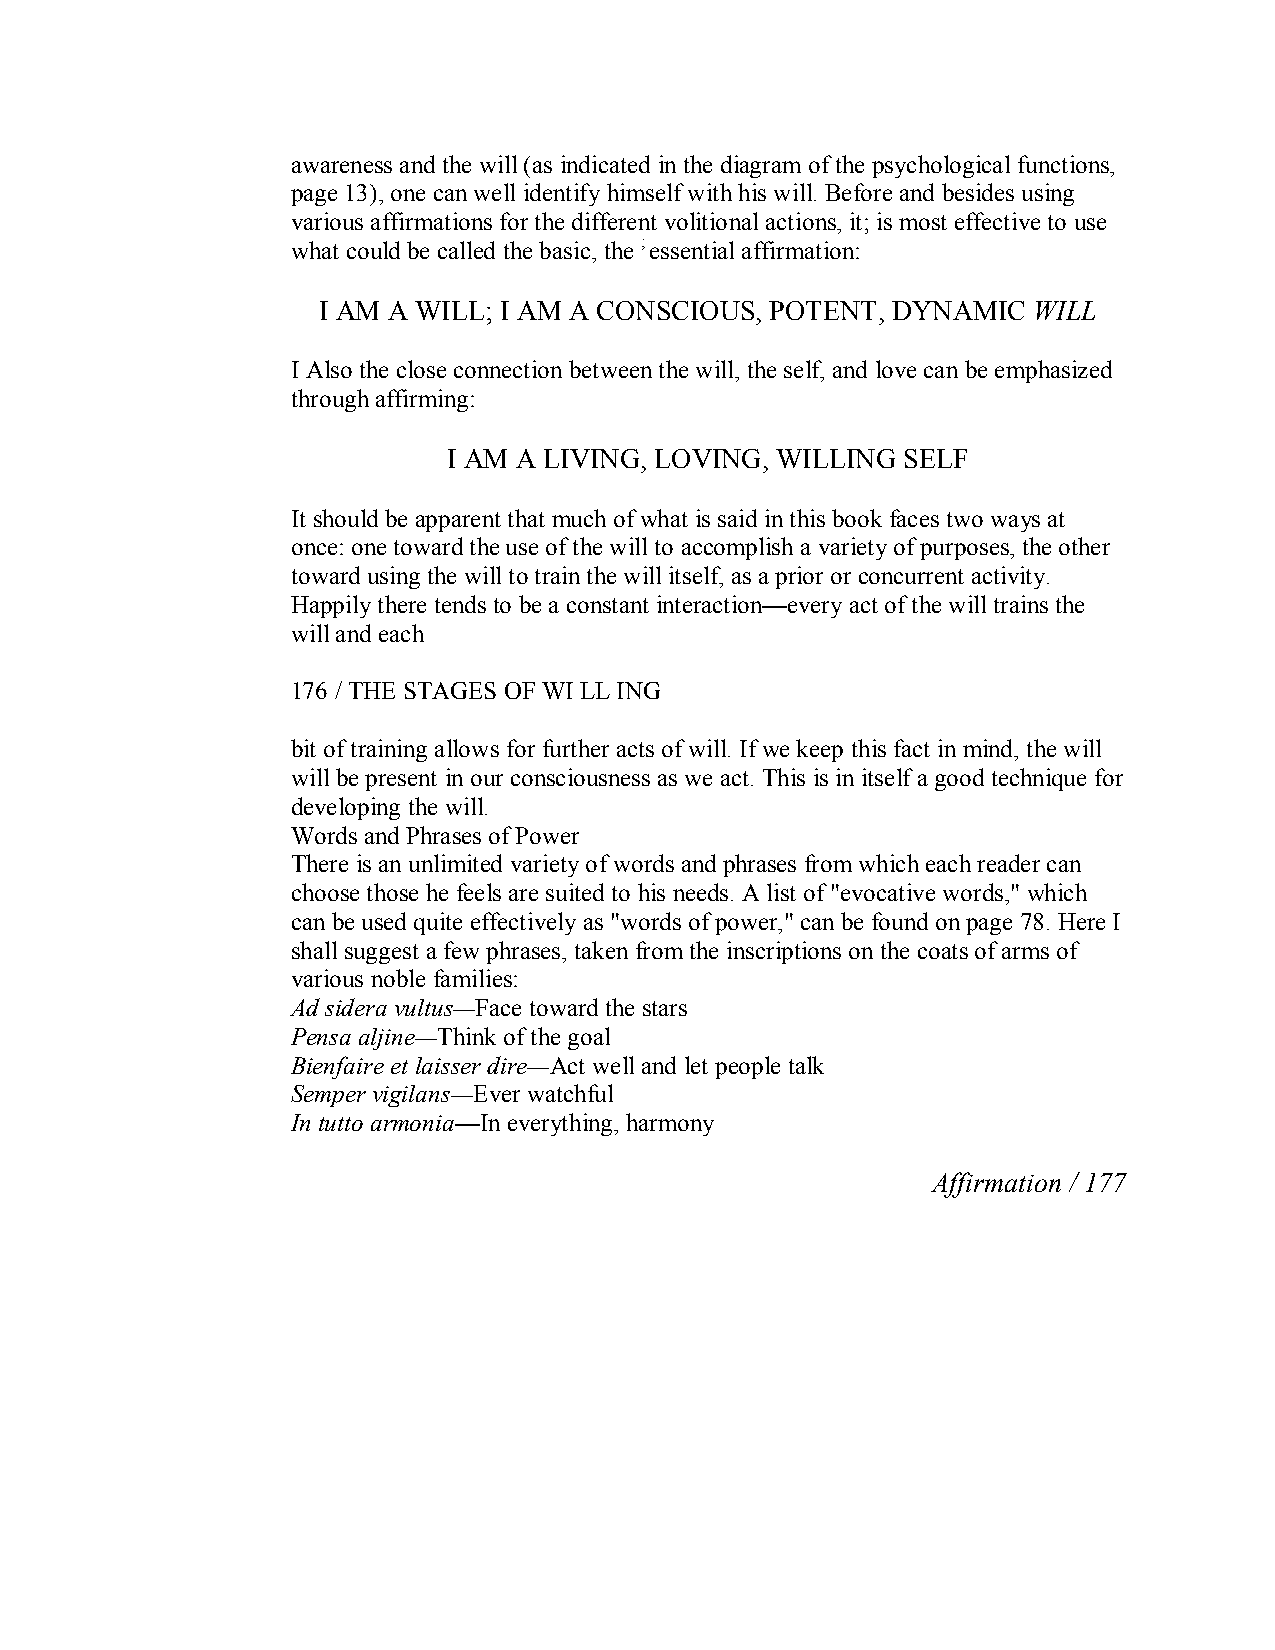
awareness and the will (as indicated in the diagram of the psychological functions,
 page 13), one can well identify himself with his will. Before and besides using
 various affirmations for the different volitional actions, it; is most effective to use
 what could be called the basic, the ; essential affirmation:
 I AM A WILL; I AM A CONSCIOUS, POTENT, DYNAMIC WILL
 I Also the close connection between the will, the self, and love can be emphasized
 through affirming:
 I AM A LIVING, LOVING, WILLING SELF
 It should be apparent that much of what is said in this book faces two ways at
 once: one toward the use of the will to accomplish a variety of purposes, the other
 toward using the will to train the will itself, as a prior or concurrent activity.
 Happily there tends to be a constant interaction—every act of the will trains the
 will and each
 176 / THE STAGES OF WI LLING
 bit of training allows for further acts of will. If we keep this fact in mind, the will
 will be present in our consciousness as we act. This is in itself a good technique for
 developing the will.
 Words and Phrases of Power
 There is an unlimited variety of words and phrases from which each reader can
 choose those he feels are suited to his needs. A list of "evocative words," which
 can be used quite effectively as "words of power," can be found on page 78. Here I
 shall suggest a few phrases, taken from the inscriptions on the coats of arms of
 various noble families:
 Ad sidera vultus—Face toward the stars
 Pensa aljine—Think of the goal
 Bienfaire et laisser dire—Act welland let people talk
 Semper vigilans—Ever watchful
 In tutto armonia—In everything, harmony
 Affirmation / 177